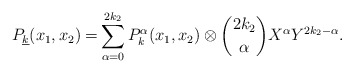
\begin{align*} P_{\underline{k}}(x_1,x_2) =& \sum^{2k_2}_{\alpha =0} P^\alpha_k(x_1,x_2)\otimes \binom{2k_2}{\alpha} X^\alpha Y^{2k_2-\alpha}. \end{align*}